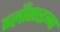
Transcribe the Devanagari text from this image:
ग्लाँसाइना